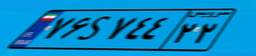
۰۹S۴۴۶۰۸